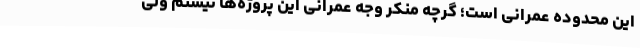
این محدوده عمرانی است؛ گرچه منکر وجه عمرانی این پروژه‌ها نیستم ولی